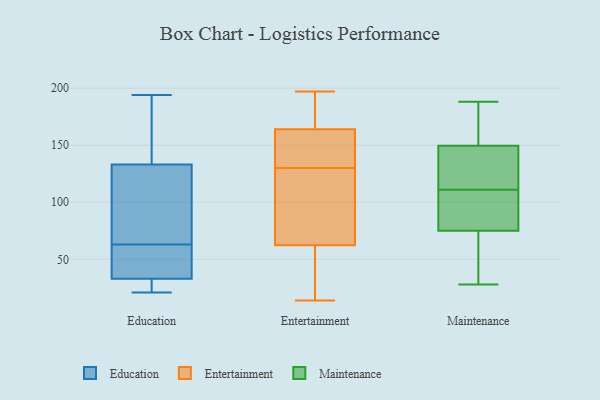
{"axis": {"x": "Tickets Resolved", "y": "Value"}, "legend": ["Education", "Entertainment", "Maintenance"], "data": [{"x": "", "y": 63, "type": "Education"}, {"x": "", "y": 99, "type": "Education"}, {"x": "", "y": 27, "type": "Education"}, {"x": "", "y": 51, "type": "Education"}, {"x": "", "y": 127, "type": "Education"}, {"x": "", "y": 21, "type": "Education"}, {"x": "", "y": 169, "type": "Education"}, {"x": "", "y": 61, "type": "Education"}, {"x": "", "y": 21, "type": "Education"}, {"x": "", "y": 135, "type": "Education"}, {"x": "", "y": 194, "type": "Education"}, {"x": "", "y": 36, "type": "Entertainment"}, {"x": "", "y": 167, "type": "Entertainment"}, {"x": "", "y": 116, "type": "Entertainment"}, {"x": "", "y": 139, "type": "Entertainment"}, {"x": "", "y": 36, "type": "Entertainment"}, {"x": "", "y": 70, "type": "Entertainment"}, {"x": "", "y": 197, "type": "Entertainment"}, {"x": "", "y": 131, "type": "Entertainment"}, {"x": "", "y": 186, "type": "Entertainment"}, {"x": "", "y": 163, "type": "Entertainment"}, {"x": "", "y": 63, "type": "Entertainment"}, {"x": "", "y": 130, "type": "Entertainment"}, {"x": "", "y": 60, "type": "Entertainment"}, {"x": "", "y": 181, "type": "Entertainment"}, {"x": "", "y": 131, "type": "Entertainment"}, {"x": "", "y": 14, "type": "Entertainment"}, {"x": "", "y": 91, "type": "Entertainment"}, {"x": "", "y": 73, "type": "Maintenance"}, {"x": "", "y": 182, "type": "Maintenance"}, {"x": "", "y": 108, "type": "Maintenance"}, {"x": "", "y": 28, "type": "Maintenance"}, {"x": "", "y": 160, "type": "Maintenance"}, {"x": "", "y": 114, "type": "Maintenance"}, {"x": "", "y": 126, "type": "Maintenance"}, {"x": "", "y": 77, "type": "Maintenance"}, {"x": "", "y": 142, "type": "Maintenance"}, {"x": "", "y": 73, "type": "Maintenance"}, {"x": "", "y": 79, "type": "Maintenance"}, {"x": "", "y": 28, "type": "Maintenance"}, {"x": "", "y": 124, "type": "Maintenance"}, {"x": "", "y": 157, "type": "Maintenance"}, {"x": "", "y": 105, "type": "Maintenance"}, {"x": "", "y": 188, "type": "Maintenance"}]}